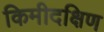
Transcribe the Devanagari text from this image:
किमीदक्षिण